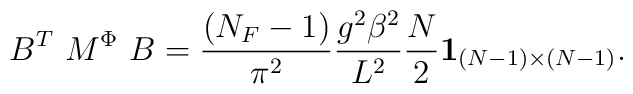
B^T~M^{\Phi}~B={{(N_F-1)}\over{\pi^2}}{{g^2\beta^2}\over L^2}{N\over 2}{\bf 1}_{(N-1)\times (N-1)}.